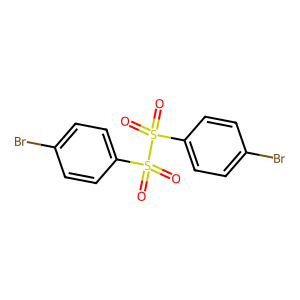
SMILES: O=S(=O)(c1ccc(Br)cc1)S(=O)(=O)c1ccc(Br)cc1
Inhibits HIV replication: No